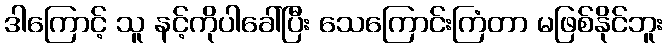
ဒါကြောင့် သူ နင့်ကိုပါခေါ်ပြီး သေကြောင်းကြံတာ မဖြစ်နိုင်ဘူး